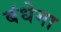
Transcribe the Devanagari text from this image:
बंधेगा